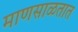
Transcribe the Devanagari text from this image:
माणसाळतात